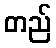
တည်